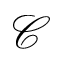
\mathcal { C }